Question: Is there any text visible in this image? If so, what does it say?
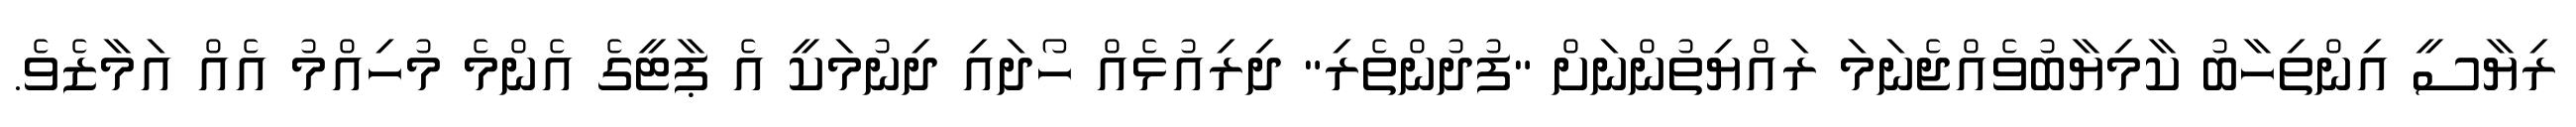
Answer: ރިޔާސީ އިންތިހާބު ކާމިޔާބުވެއްޖެނަމަ ރައްޔިތުންނަށް "ފުދުންތެރި" ދިރިއުޅެއް ހޯދައި ދިނުމަކީ އެ ޕާޓީގެ އެންމެ މުހިއްމު އެއް އަމާޒެވެ.